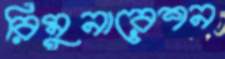
রিমুনারেশন